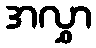
အလွှာ